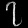
Digit: ၇